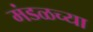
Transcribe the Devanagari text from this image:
मंडळच्या